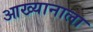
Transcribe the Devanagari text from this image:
आख्यानाला